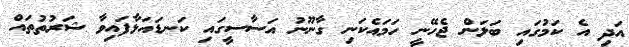
އަދި އެ ކަމުގައި ބަލަން ޖެހޭނީ ހަމައެކަނި ގާނޫނު އަސާސީގައި ކަނޑައަޅާފައިވާ ޝަރުތުތައް